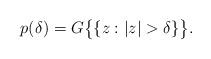
LaTeX: \begin{align*}p(\delta)= G\big\{\{z:|z| >\delta\}\big\}.\end{align*}